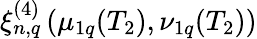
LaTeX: \xi_{n,q}^{(4)}\left(\mu_{1q}(T_{2}),\nu_{1q}(T_{2})\right)